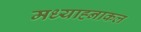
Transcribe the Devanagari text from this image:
मध्याह्नाकल